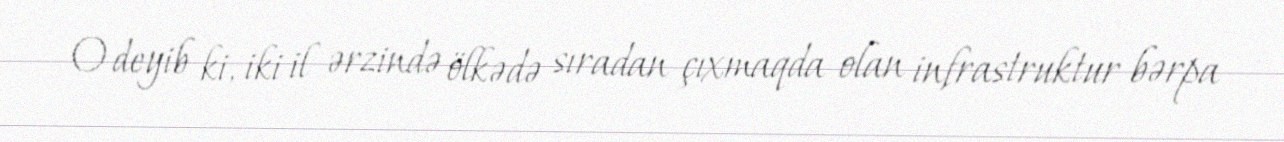
O deyib ki, iki il ərzində ölkədə sıradan çıxmaqda olan infrastruktur bərpa